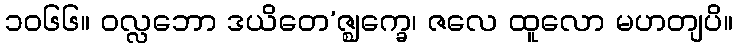
၁၀၆၆။ ဝလ္လဘော ဒယိတေ’ဇ္ဈက္ခေ၊ ဇလေ ထူလော မဟတျပိ။